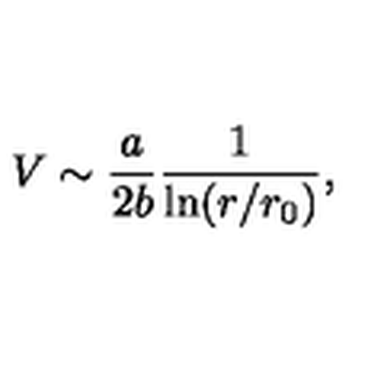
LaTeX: V \sim { \frac { a } { 2 b } } { \frac { 1 } { \mathrm { l n } ( r / r _ { 0 } ) } } ,